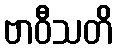
ဗာဝီသတိ